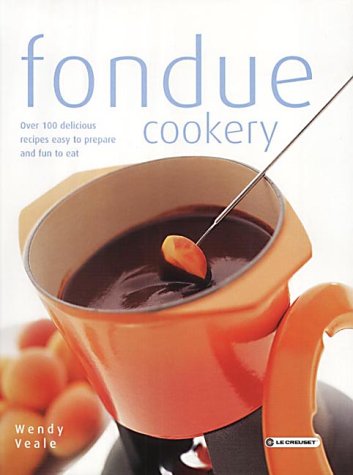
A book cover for Fondue Cookery; Wendy Veale; Cookbooks, Food & Wine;